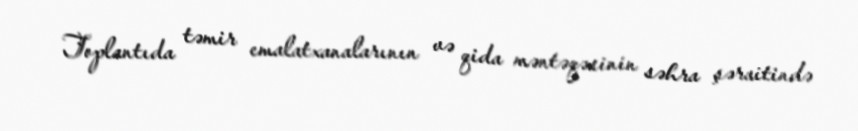
Toplantıda təmir emalatxanalarının və qida məntəqəsinin səhra şəraitində